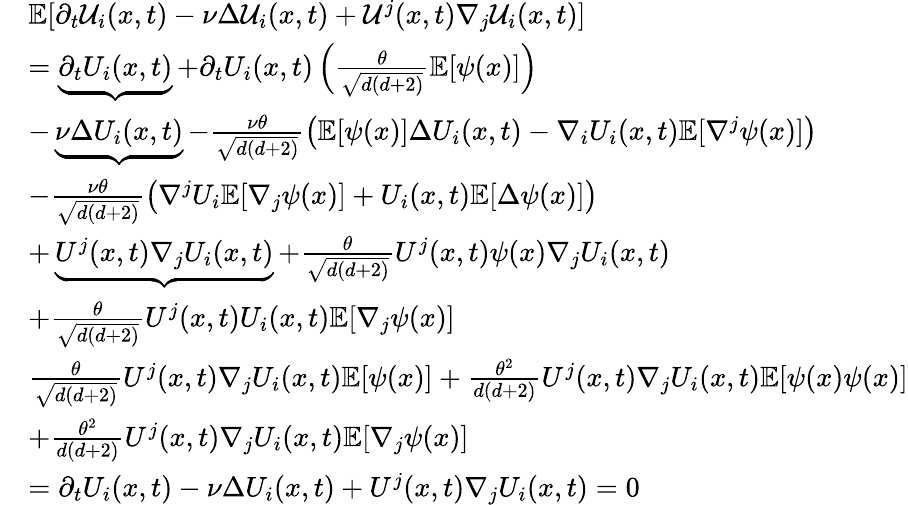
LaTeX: \begin{array}{rl}&{\mathbb{E}[\partial_{t}\mathcal{U}_{i}(x,t)-\nu\Delta\mathcal{U}_{i}(x,t)+\mathcal{U}^{j}(x,t)\nabla_{j}\mathcal{U}_{i}(x,t)]}\\ &{=\underbrace{\partial_{t}U_{i}(x,t)}+\partial_{t}U_{i}(x,t)\left(\frac{\theta}{\sqrt{d(d+2)}}\mathbb{E}[\psi(x)]\right)}\\ &{-\underbrace{\nu\Delta U_{i}(x,t)}-\frac{\nu\theta}{\sqrt{d(d+2)}}\left(\mathbb{E}[\psi(x)]\Delta U_{i}(x,t)-\nabla_{i}U_{i}(x,t)\mathbb{E}[\nabla^{j}\psi(x)]\right)}\\ &{-\frac{\nu\theta}{\sqrt{d(d+2)}}\left(\nabla^{j}U_{i}\mathbb{E}[\nabla_{j}\psi(x)]+U_{i}(x,t)\mathbb{E}[\Delta\psi(x)]\right)}\\ &{+\underbrace{U^{j}(x,t)\nabla_{j}U_{i}(x,t)}+\frac{\theta}{\sqrt{d(d+2)}}U^{j}(x,t)\psi(x)\nabla_{j}U_{i}(x,t)}\\ &{+\frac{\theta}{\sqrt{d(d+2)}}U^{j}(x,t)U_{i}(x,t)\mathbb{E}[\nabla_{j}\psi(x)]}\\ &{\frac{\theta}{\sqrt{d(d+2)}}U^{j}(x,t)\nabla_{j}U_{i}(x,t)\mathbb{E}[\psi(x)]+\frac{\theta^{2}}{{d(d+2)}}U^{j}(x,t)\nabla_{j}U_{i}(x,t)\mathbb{E}[\psi(x)\psi(x)]}\\ &{+\frac{\theta^{2}}{{d(d+2)}}U^{j}(x,t)\nabla_{j}U_{i}(x,t)\mathbb{E}[\nabla_{j}\psi(x)]}\\ &{=\partial_{t}{U}_{i}(x,t)-\nu\Delta{U}_{i}(x,t)+{U}^{j}(x,t)\nabla_{j}{U}_{i}(x,t)=0}\end{array}